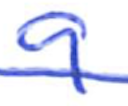
Text: 9
Cross-out: single-line
Writing tool: ballpoint